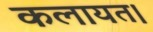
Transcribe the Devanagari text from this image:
कलायत।